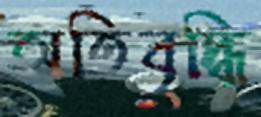
অতিবৃদ্ধি